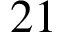
2 1